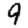
Digit: 9